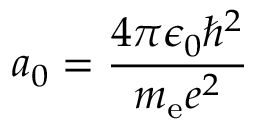
a _ { 0 } = { \frac { 4 \pi \epsilon _ { 0 } \hbar ^ { 2 } } { m _ { \mathrm { e } } e ^ { 2 } } }